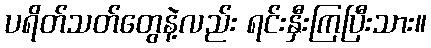
ပရိတ်သတ်တွေနဲ့လည်း ရင်းနှီးကြပြီးသား။